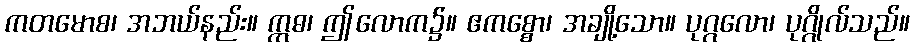
ကတမောစ၊ အဘယ်နည်း။ ဣဓ၊ ဤလောက၌။ ဧကစ္စော၊ အချို့သော။ ပုဂ္ဂလော၊ ပုဂ္ဂိုလ်သည်။